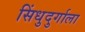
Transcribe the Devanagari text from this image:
सिंधुदुर्गाला